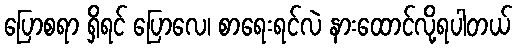
ပြောစရာ ရှိရင် ပြောလေ၊ စာရေးရင်လဲ နားထောင်လို့ရပါတယ်